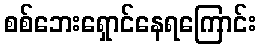
စစ်ဘေးရှောင်နေရကြောင်း